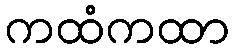
ကထံကထာ